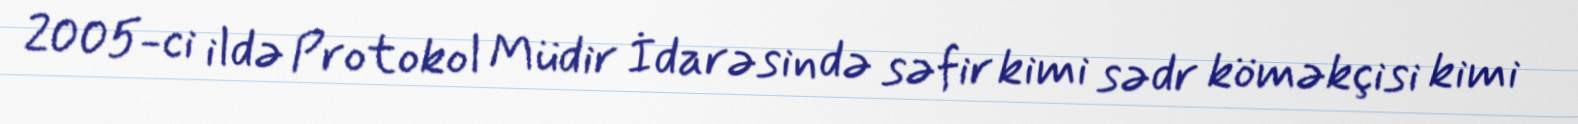
2005-ci ildə Protokol Müdir İdarəsində səfir kimi sədr köməkçisi kimi